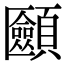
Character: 𩕿